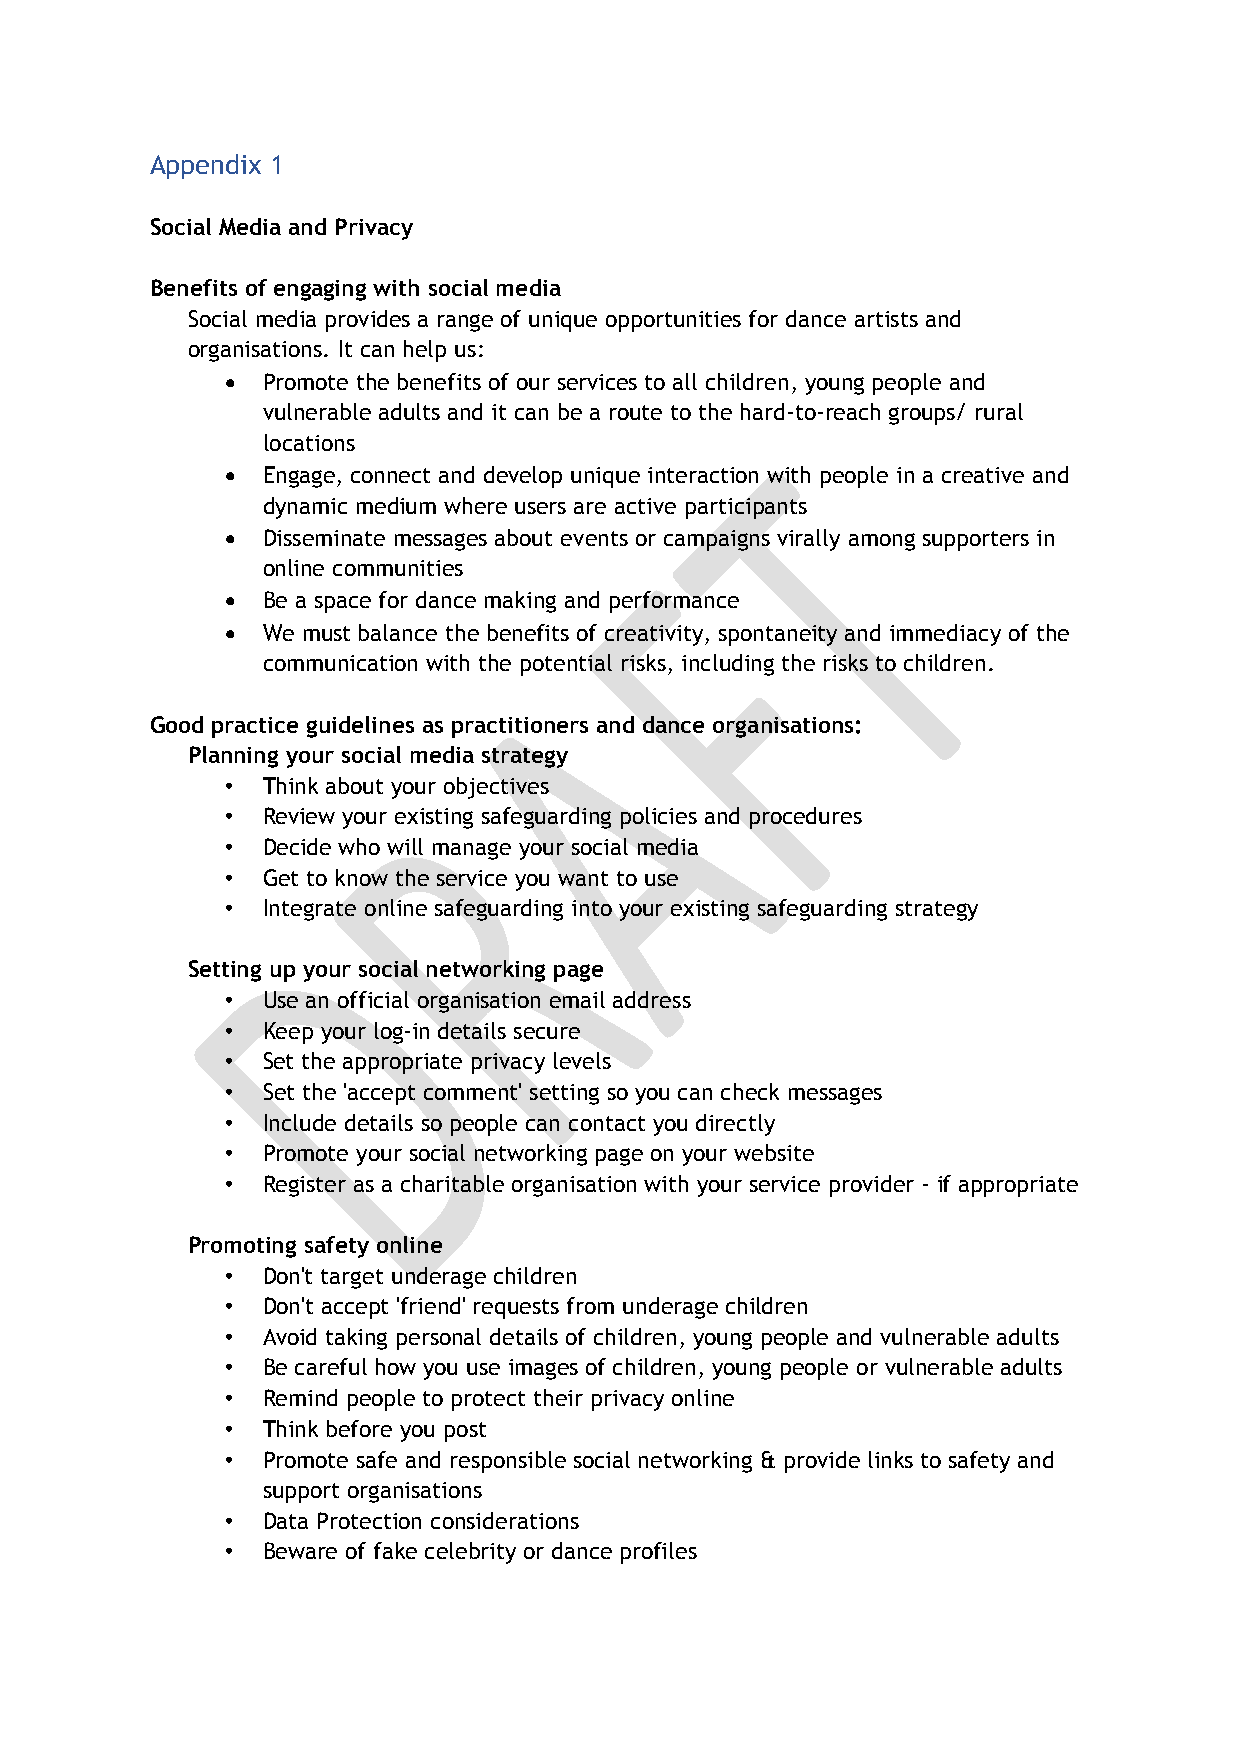
Appendix 1
 Social Media and Privacy
 Benefits of engaging with social media
 Social media provides a range of unique opportunities for dance artists and
 organisations. It can help us:
  Promote the benefits of our services to all children, young people and
 vulnerable adults and it can be a route to the hard-to-reach groups/ rural
 locations
  Engage, connect and develop unique interaction with people in a creative and
 dynamic medium where users are active participants
  Disseminate messages about events or campaigns virally among supporters in
 online communities
  Be a space for dance making and performance
  We must balance the benefits of creativity, spontaneity and immediacy of the
 communication with the potential risks, including the risks to children.
 Good practice guidelines as practitioners and dance organisations:
 Planning your social media strategy
 • Think about your objectives
 • Review your existing safeguarding policies and procedures
 • Decide who will manage your social media
 • Get to know the service you want to use
 • Integrate online safeguarding into your existing safeguarding strategy
 Setting up your social networking page
 • Use an official organisation email address
 • Keep your log-in details secure
 • Set the appropriate privacy levels
 • Set the 'accept comment' setting so you can check messages
 • Include details so people can contact you directly
 • Promote your social networking page on your website
 • Register as a charitable organisation with your service provider - if appropriate
 Promoting safety online
 • Don't target underage children
 • Don't accept 'friend' requests from underage children
 • Avoid taking personal details of children, young people and vulnerable adults
 • Be careful how you use images of children, young people or vulnerable adults
 • Remind people to protect their privacy online
 • Think before you post
 • Promote safe and responsible social networking & provide links to safety and
 support organisations
 • Data Protection considerations
 • Beware of fake celebrity or dance profiles